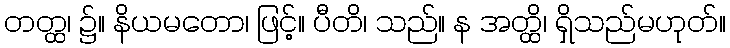
တတ္ထ၊ ၌။ နိယမတော၊ ဖြင့်။ ပီတိ၊ သည်။ န အတ္ထိ၊ ရှိသည်မဟုတ်။